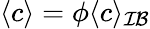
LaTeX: \langle c\rangle=\phi\langle c\rangle_{\mathcal{IB}}